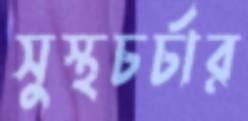
সুস্থচর্চার